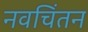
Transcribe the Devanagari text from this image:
नवचिंतन